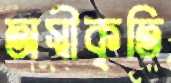
অস্বীকৃতি